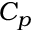
C _ { p }